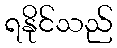
ရနိုင်သည်